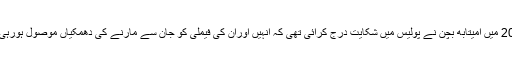
2010 میں امیتابھ بچن نے پولیس میں شکایت درج کرائی تھی کہ انہیں اوران کی فیملی کو جان سے مارنے کی دھمکیاں موصول ہورہی ہیں۔